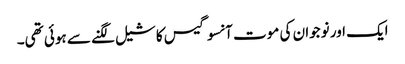
ایک اور نوجوان کی موت آنسو گیس کا شیل لگنے سے ہوئی تھی۔